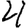
Digit: 4